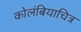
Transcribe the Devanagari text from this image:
कोलंबियाचित्र